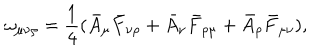
LaTeX: \omega _ { \mu \nu \rho } = \frac { 1 } { 4 } ( \bar { A } _ { \mu } \bar { F } _ { \nu \rho } + \bar { A } _ { \nu } \bar { F } _ { \rho \mu } + \bar { A } _ { \rho } \bar { F } _ { \mu \nu } ) ,